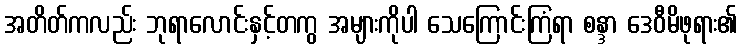
အတိတ်ကလည်း ဘုရာလောင်းနှင့်တကွ အများကိုပါ သေကြောင်းကြံရာ စန္ဒာ ဒေဝီမိဖုရား၏